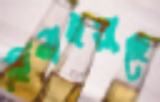
ছিনাইয়াছে